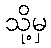
သို့မှ